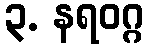
၃. နရဝဂ္ဂ